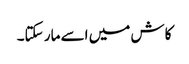
کاش میں اسے مار سکتا۔